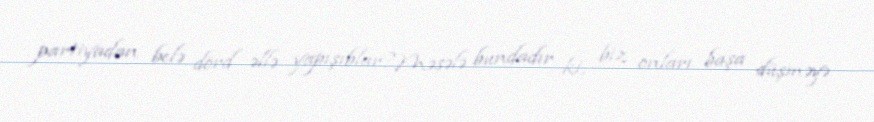
partiyadan belə dörd əllə yapışıblar?Məsələ bundadır ki, biz onları başa düşməyə